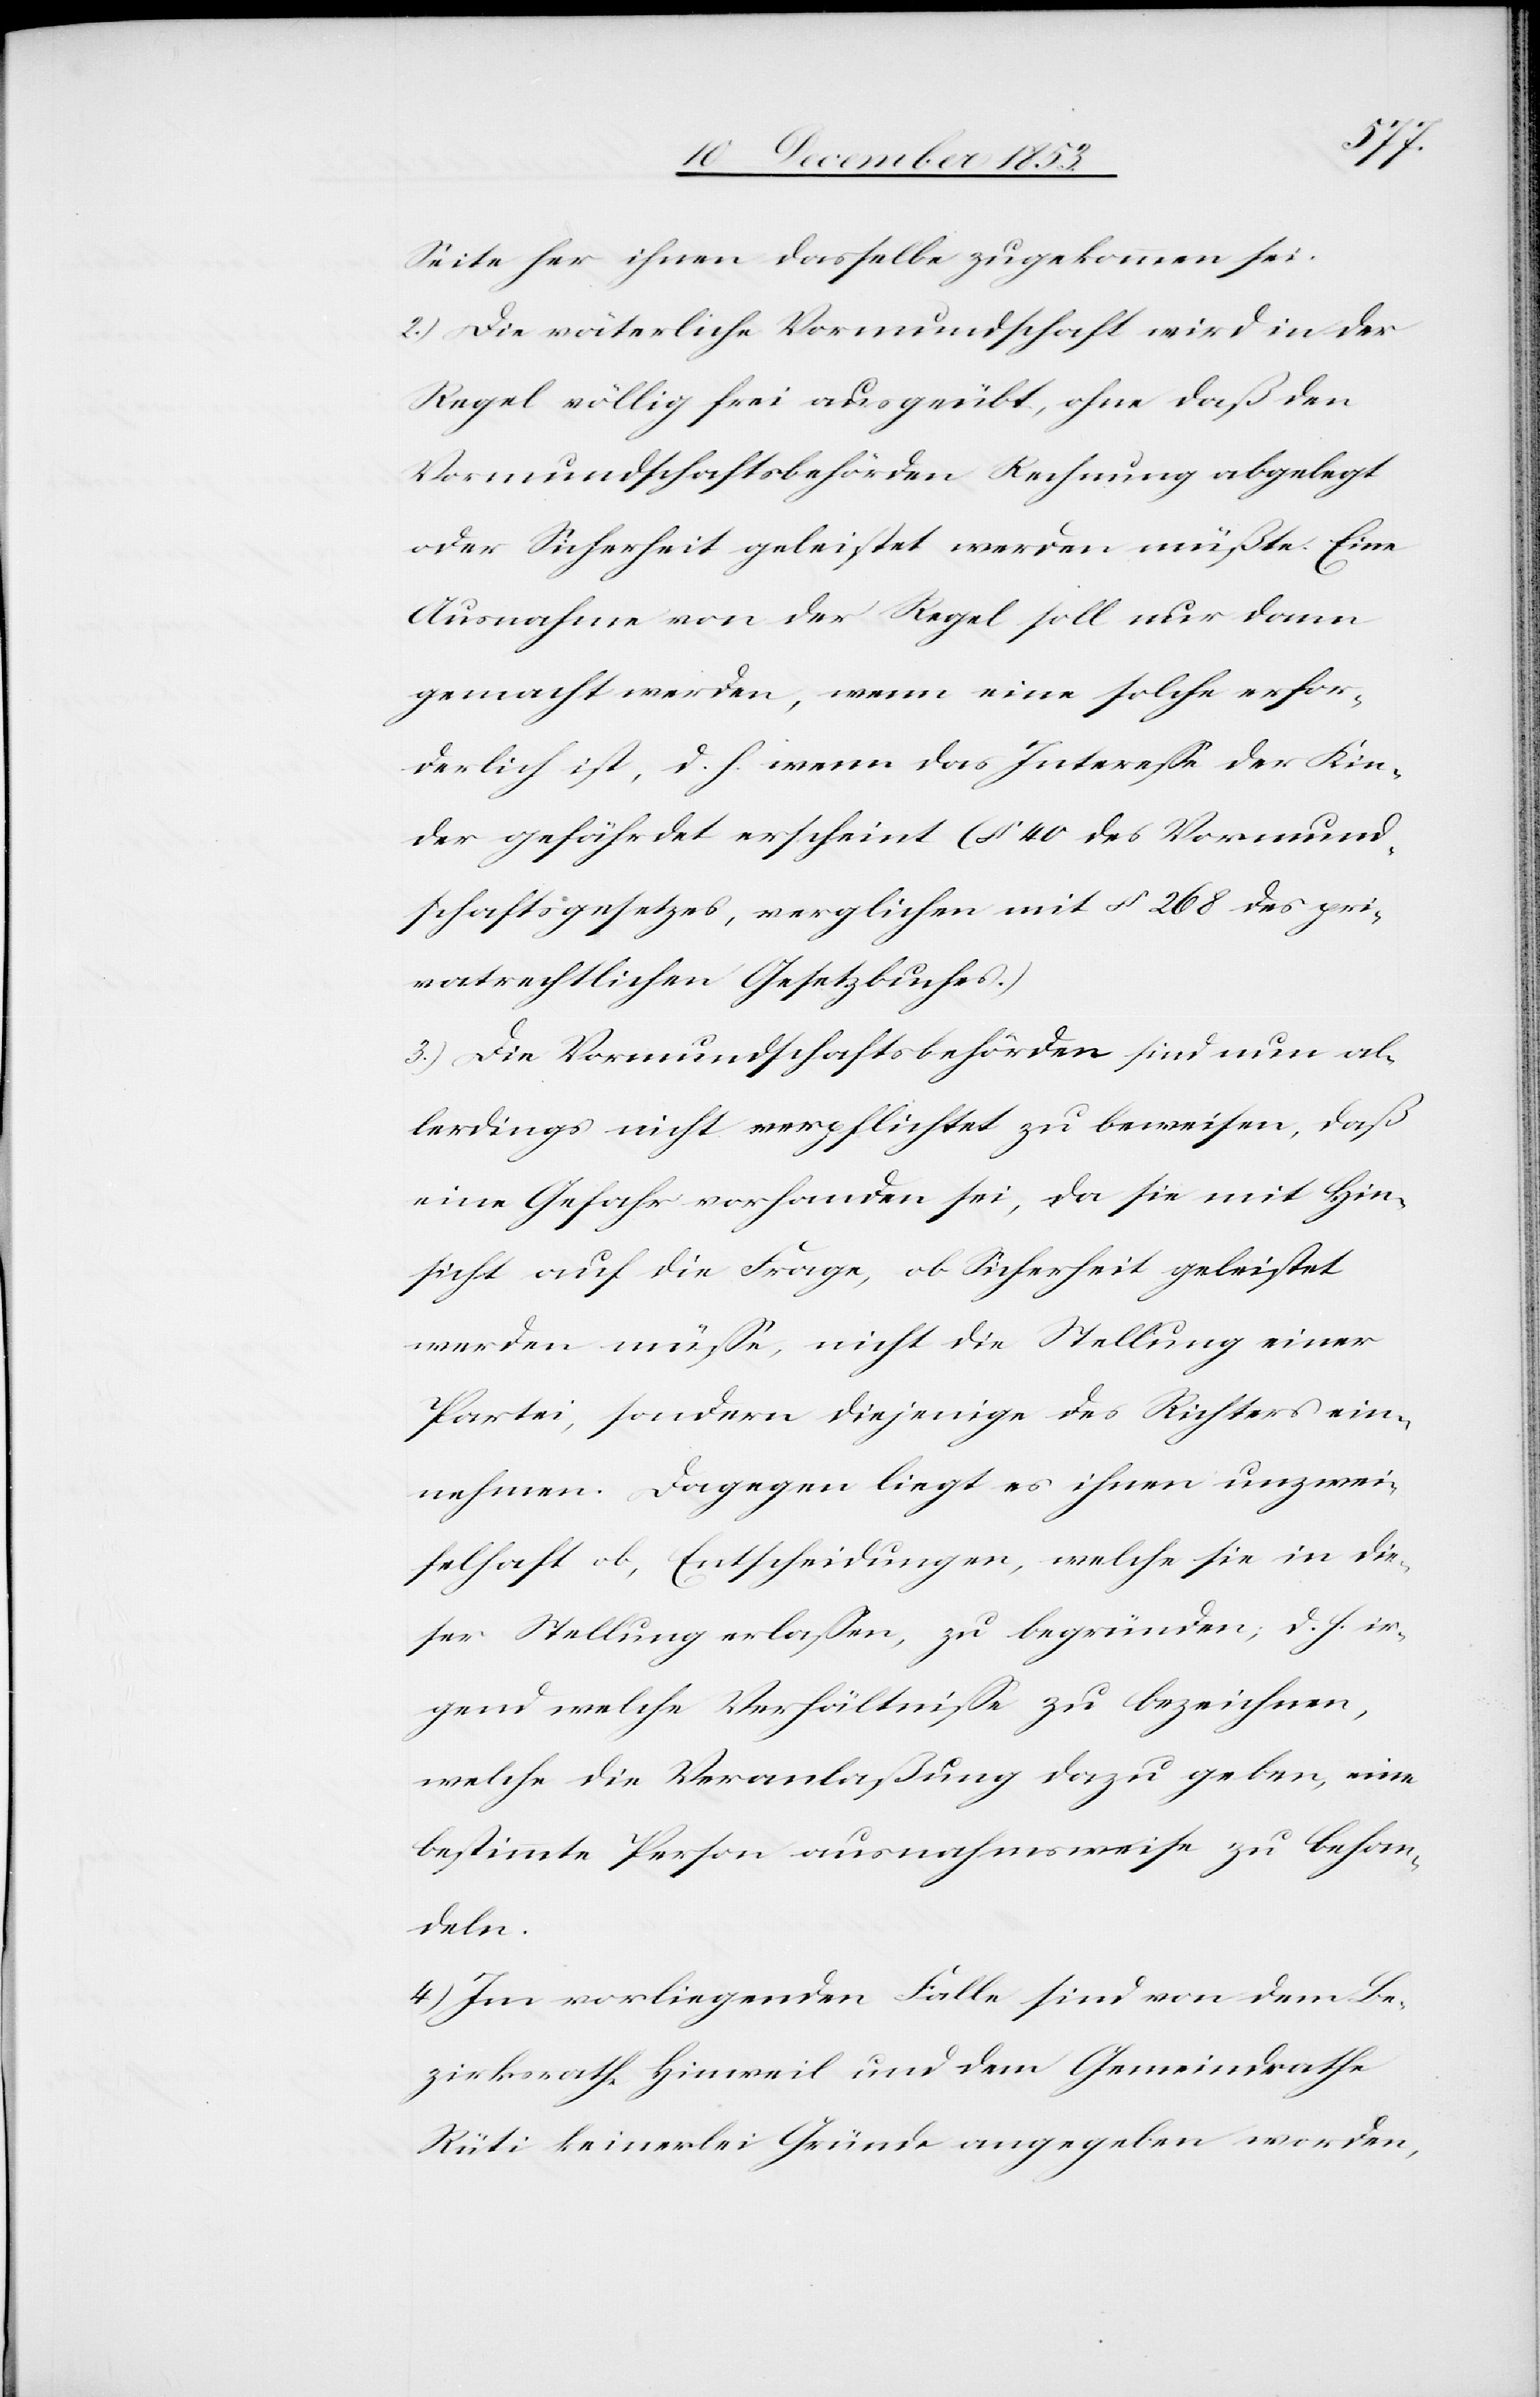
Seite her ihnen dasselbe zugekommen sei.
2.) Die väterliche Vormundschaft wird in der
Regel völlig frei ausgeübt, ohne daß den
Vormundschaftsbehörden Rechnung abgelegt
oder Sicherheit geleistet werden müßte. Eine
Ausnahme von der Regel soll nur dann
gemacht werden, wenn eine solche erfor¬
derlich ist, d. h. wenn das Intereße der Kin¬
der gefährdet erscheint (§ 40 des Vormund¬
schaftsgesetzes, verglichen mit § 268 des pri¬
vatrechtlichen Gesetzbuches.)
3.) Die Vormundschaftsbehörden sind nun al¬
lerdings nicht verpflichtet zu beweisen, daß
eine Gefahr vorhanden sei, da sie mit Hin¬
sicht auf die Frage, ob Sicherheit geleistet
werden müße, nicht die Stellung einer
Partei, sondern diejenige des Richters ein¬
nehmen. Dagegen liegt es ihnen unzwei¬
felhaft ob, Entscheidungen, welche sie in die¬
ser Stellung erlaßen, zu begründen, d. h. ir¬
gendwelche Verhältniße zu bezeichnen,
welche die Veranlaßung dazu geben, eine
bestimmte Person ausnahmsweise zu behan¬
deln.
4.) Im vorliegenden Falle sind von dem Be¬
zirksrathe Hinweil und dem Gemeindrathe
Rüti keinerlei Gründe angegeben worden,